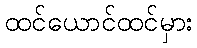
ထင်ယောင်ထင်မှား